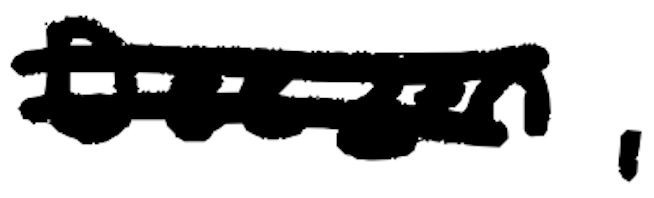
Text: Deezen,
Cross-out: double-line
Writing tool: digital_black